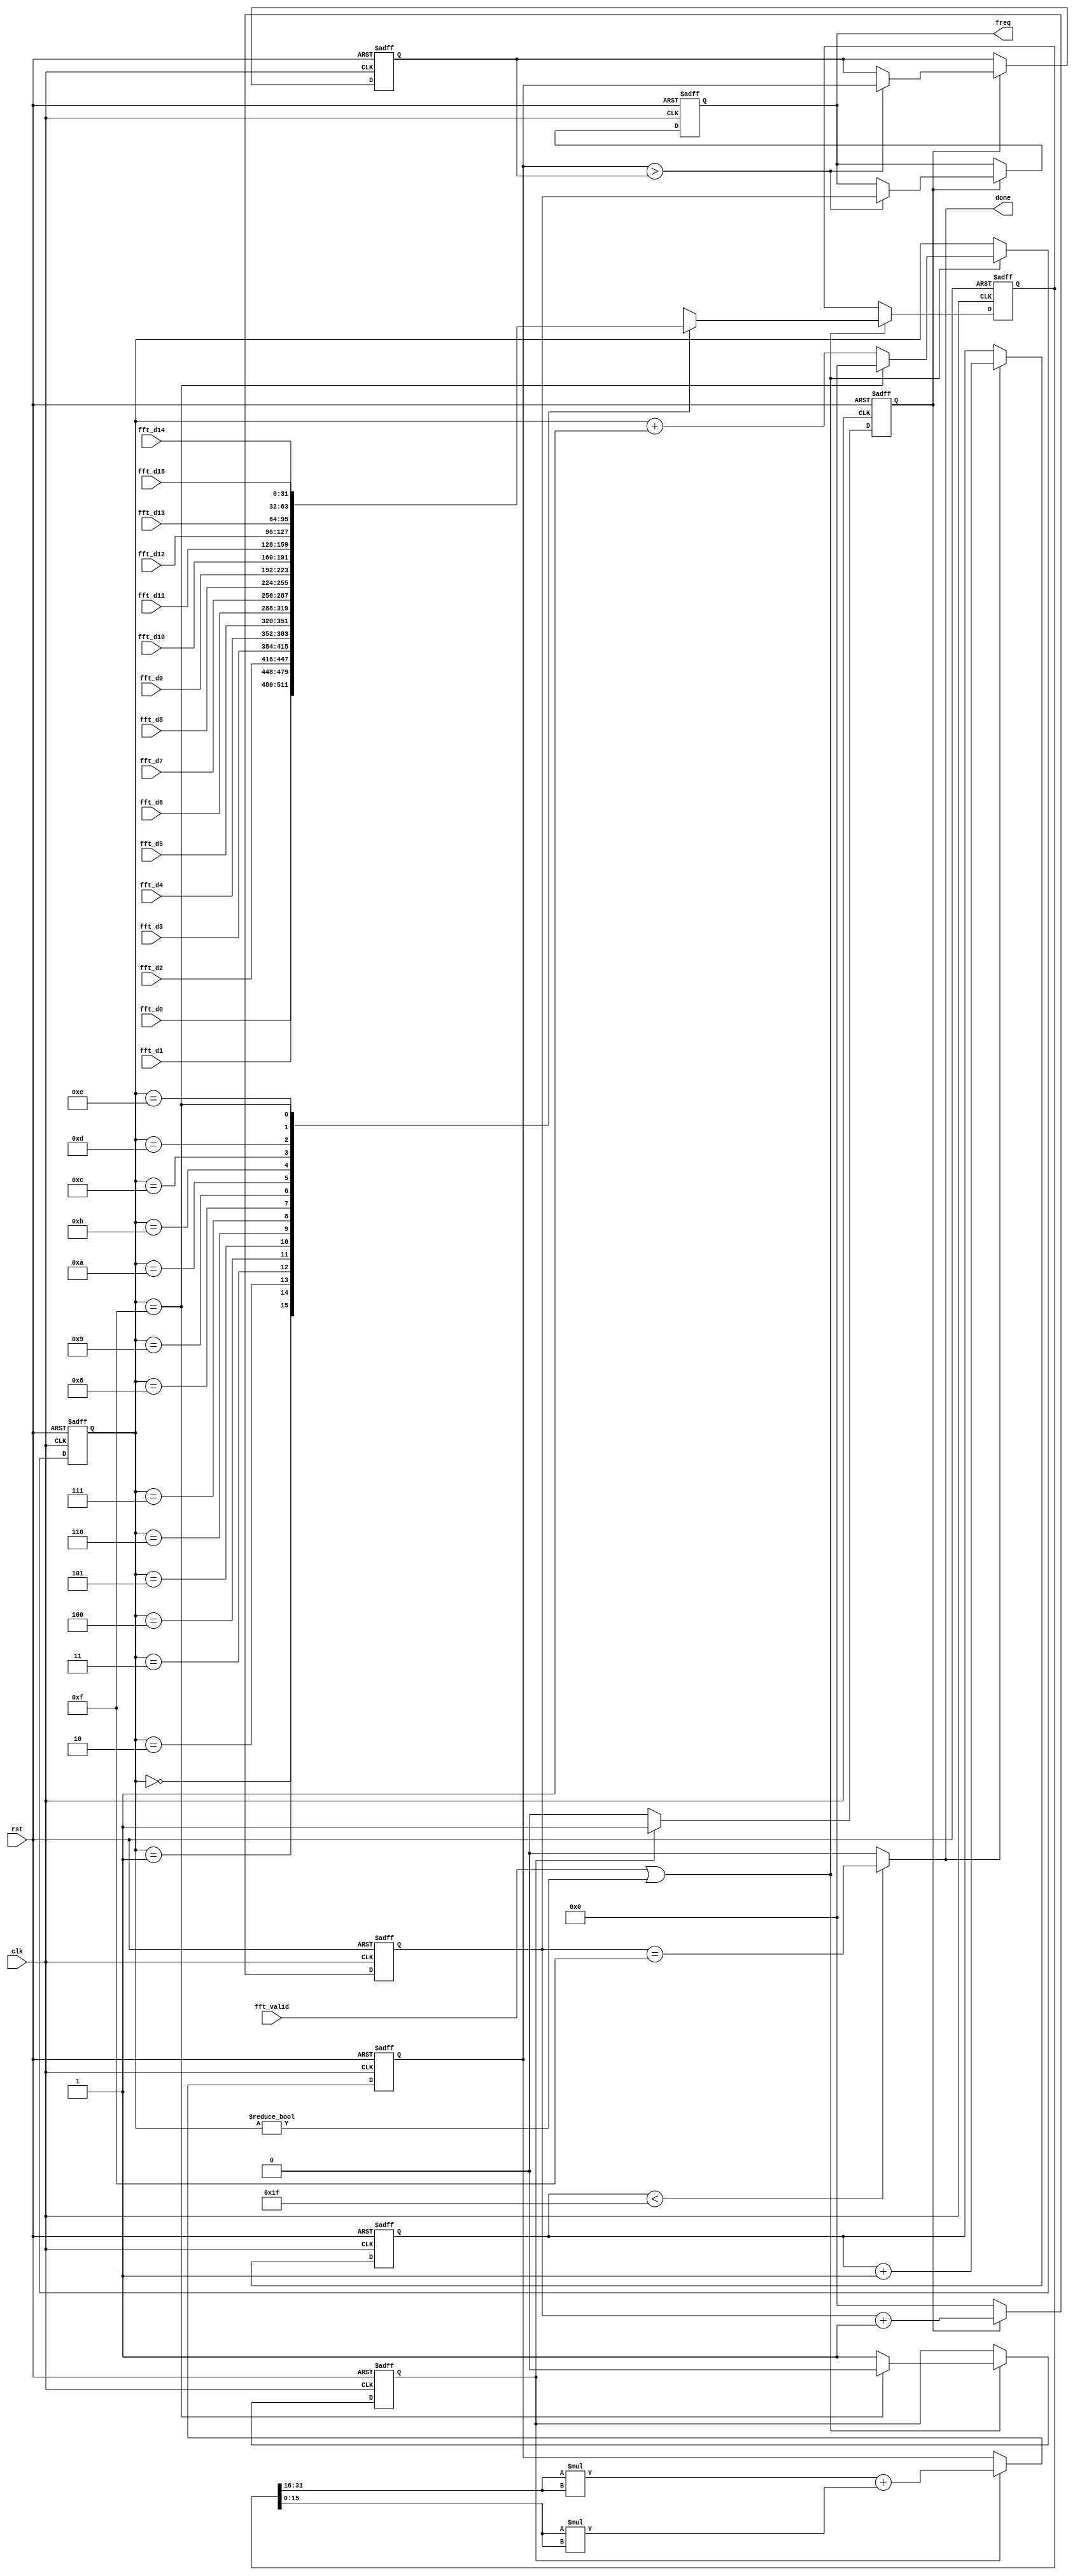
module Analysis(clk, rst, fft_valid,
           fft_d0, fft_d1, fft_d2 , fft_d3 , fft_d4 , fft_d5 , fft_d6 , fft_d7,
           fft_d8, fft_d9, fft_d10, fft_d11, fft_d12, fft_d13, fft_d14, fft_d15,
           done, freq);

input         clk, rst;
input         fft_valid;
input  [31:0] fft_d0;
input  [31:0] fft_d1;
input  [31:0] fft_d2;
input  [31:0] fft_d3;
input  [31:0] fft_d4;
input  [31:0] fft_d5;
input  [31:0] fft_d6;
input  [31:0] fft_d7;
input  [31:0] fft_d8;
input  [31:0] fft_d9;
input  [31:0] fft_d10;
input  [31:0] fft_d11;
input  [31:0] fft_d12;
input  [31:0] fft_d13;
input  [31:0] fft_d14;
input  [31:0] fft_d15;
output        done;
output  [3:0] freq;


// mul_select: prepare for multiplying
reg [ 3:0] mul_sel_idx;
reg [31:0] mul_sel_val;
reg        mul_sel_valid;
always@(posedge clk, posedge rst) begin
    if (rst) begin
        mul_sel_idx   <= 0;
        mul_sel_val   <= 0;
        mul_sel_valid <= 0;
    end
    else begin
        if (fft_valid || mul_sel_idx != 0) begin
            case (mul_sel_idx)
                4'h0: mul_sel_val <= fft_d0;
                4'h1: mul_sel_val <= fft_d1;
                4'h2: mul_sel_val <= fft_d2;
                4'h3: mul_sel_val <= fft_d3;
                4'h4: mul_sel_val <= fft_d4;
                4'h5: mul_sel_val <= fft_d5;
                4'h6: mul_sel_val <= fft_d6;
                4'h7: mul_sel_val <= fft_d7;
                4'h8: mul_sel_val <= fft_d8;
                4'h9: mul_sel_val <= fft_d9;
                4'hA: mul_sel_val <= fft_d10;
                4'hB: mul_sel_val <= fft_d11;
                4'hC: mul_sel_val <= fft_d12;
                4'hD: mul_sel_val <= fft_d13;
                4'hE: mul_sel_val <= fft_d14;
                4'hF: mul_sel_val <= fft_d15;
            endcase

            if (mul_sel_idx == 15) begin
                mul_sel_idx   <= 0;
                mul_sel_valid <= 0;
            end
            else begin
                mul_sel_idx   <= mul_sel_idx + 1;
                mul_sel_valid <= 1;
            end
        end
    end
end

// compute amplitude
reg [31:0] mul_res;
reg        mul_valid;
always@(posedge clk, posedge rst) begin
    if (rst) begin
        mul_res   <= 0;
        mul_valid <= 0;
    end
    else begin
        if (mul_sel_valid) begin
            mul_res <= ($signed(mul_sel_val[31:16]) * $signed(mul_sel_val[31:16])) + ($signed(mul_sel_val[15:0]) * $signed(mul_sel_val[15:0]));
            mul_valid <= 1;
        end
        else begin
            mul_valid <= 0;
        end
    end
end

// compare max
reg [31:0] max_val;
reg [ 3:0] max_idx;
reg [ 3:0] cnt_idx;
always@(posedge clk, posedge rst) begin
    if (rst) begin
        max_val <= 0;
        max_idx <= 0;
        cnt_idx <= 0;
    end
    else begin
        if (mul_valid) begin
            if (mul_res > max_val) begin
                max_val <= mul_res;
                max_idx <= cnt_idx;
            end
            cnt_idx <= cnt_idx + 1;
        end
        else begin
            cnt_idx <= 0;
        end
    end
end

reg    done_cnt;
assign done = (done_cnt < 31) ? (cnt_idx == 15) : 0;
assign freq = max_idx;

always@(posedge clk, posedge rst) begin
    if (rst)
        done_cnt <= 0;
    else
        if (done)
            done_cnt <= done_cnt + 1;
end

endmodule